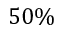
5 0 \%